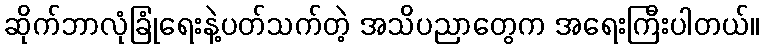
ဆိုက်ဘာလုံခြုံရေးနဲ့ပတ်သက်တဲ့ အသိပညာတွေက အရေးကြီးပါတယ်။